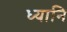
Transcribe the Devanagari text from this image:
ध्यानि